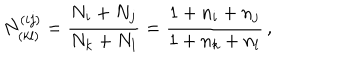
LaTeX: N _ { ( k l ) } ^ { ( i j ) } = { \frac { N _ { i } + N _ { j } } { N _ { k } + N _ { l } } } = { \frac { 1 + n _ { i } + n _ { j } } { 1 + n _ { k } + n _ { l } } } \, ,